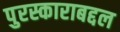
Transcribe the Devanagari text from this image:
पुरस्काराबद्दल